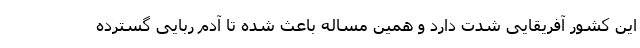
این کشور آفریقایی شدت دارد و همین مساله باعث شده تا آدم ربایی گسترده